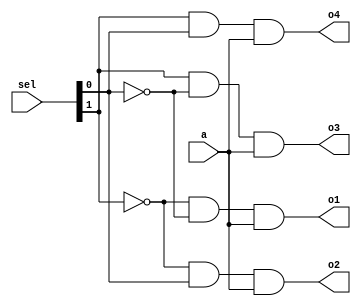
module demux(input [1:0] sel,input a, 

	     output reg o1, o2, o3, o4);



	always @(a or sel) begin    

	o1 = ~sel[1] & ~sel[0] & a;	
	o2 = ~sel[1] & sel[0] & a;

	o3 = sel[1] & ~sel[0] & a;

	o4 = sel[1] & sel[0] & a;


	end





endmodule